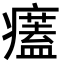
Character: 𤻜